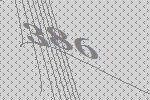
386